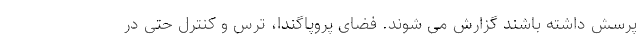
پرسش داشته باشند گزارش می شوند. فضای پروپاگندا، ترس و کنترل حتی در